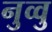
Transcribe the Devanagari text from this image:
नुव्वु